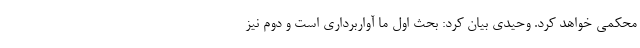
محکمی خواهد کرد. وحیدی بیان کرد: بحث اول ما آواربرداری است و دوم نیز